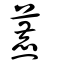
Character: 藨